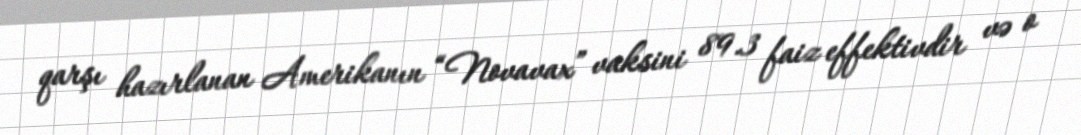
qarşı hazırlanan Amerikanın “Novavax” vaksini 89.3 faiz effektivdir və o